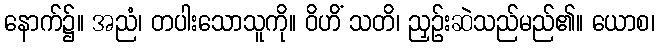
နောက်၌။ အညံ၊ တပါးသောသူကို။ ဝိဟိံ သတိ၊ ညှဉ်းဆဲသည်မည်၏။ ယောစ၊